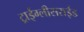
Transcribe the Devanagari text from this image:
ट्राईग्लीसराईड